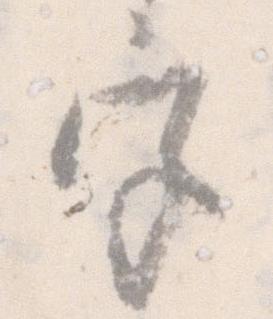
宮